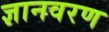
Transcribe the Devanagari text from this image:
ज्ञानवरण